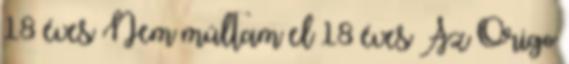
18 éves Nem múltam el 18 éves Az Origo